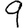
Digit: 9